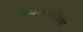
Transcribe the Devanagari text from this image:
कन्वेंशनविशेष